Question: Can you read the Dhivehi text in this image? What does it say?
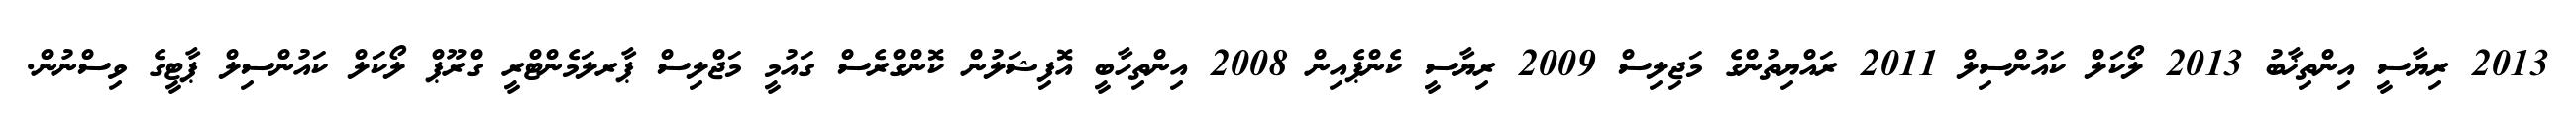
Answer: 2013 ރިޔާސީ އިންތިޚާބު 2013 ލޯކަލް ކައުންސިލް 2011 ރައްޔިތުންގެ މަޖިލިސް 2009 ރިޔާސީ ކެންޕެއިން 2008 އިންތިހާބީ އޮފިޝަލުން ކޮންގްރެސް ގައުމީ މަޖްލިސް ޕާރލަމެންޓްރީ ގްރޫޕް ލޯކަލް ކައުންސިލް ޕާޓީގެ ވިސްނުން.